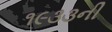
૧૯૩૩ની